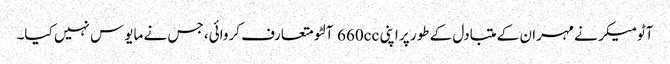
آٹومیکر نے مہران کے متبادل کے طور پر اپنی 660cc آلٹو متعارف کروائی، جس نے مایوس نہیں کیا۔